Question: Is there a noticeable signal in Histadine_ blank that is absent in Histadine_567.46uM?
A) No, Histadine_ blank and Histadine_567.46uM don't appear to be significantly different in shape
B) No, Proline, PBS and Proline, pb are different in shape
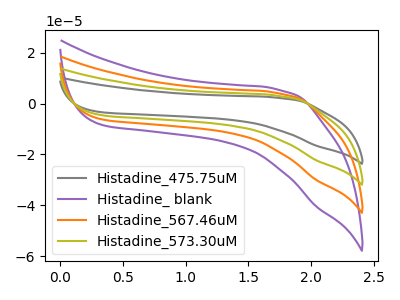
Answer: <think>The gray curve "Histadine_475.75uM" has no peaks. The purple curve "Histadine_ blank" has no peaks. The orange curve "Histadine_567.46uM" has no peaks. The olive curve "Histadine_573.30uM" has no peaks.
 Neither "Histadine_ blank" or "Histadine_567.46uM" have any peaks.</think>
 <answer>A) No, "Histadine_ blank" and "Histadine_567.46uM" don't appear to be significantly different in shape</answer>
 <eval>A</eval>